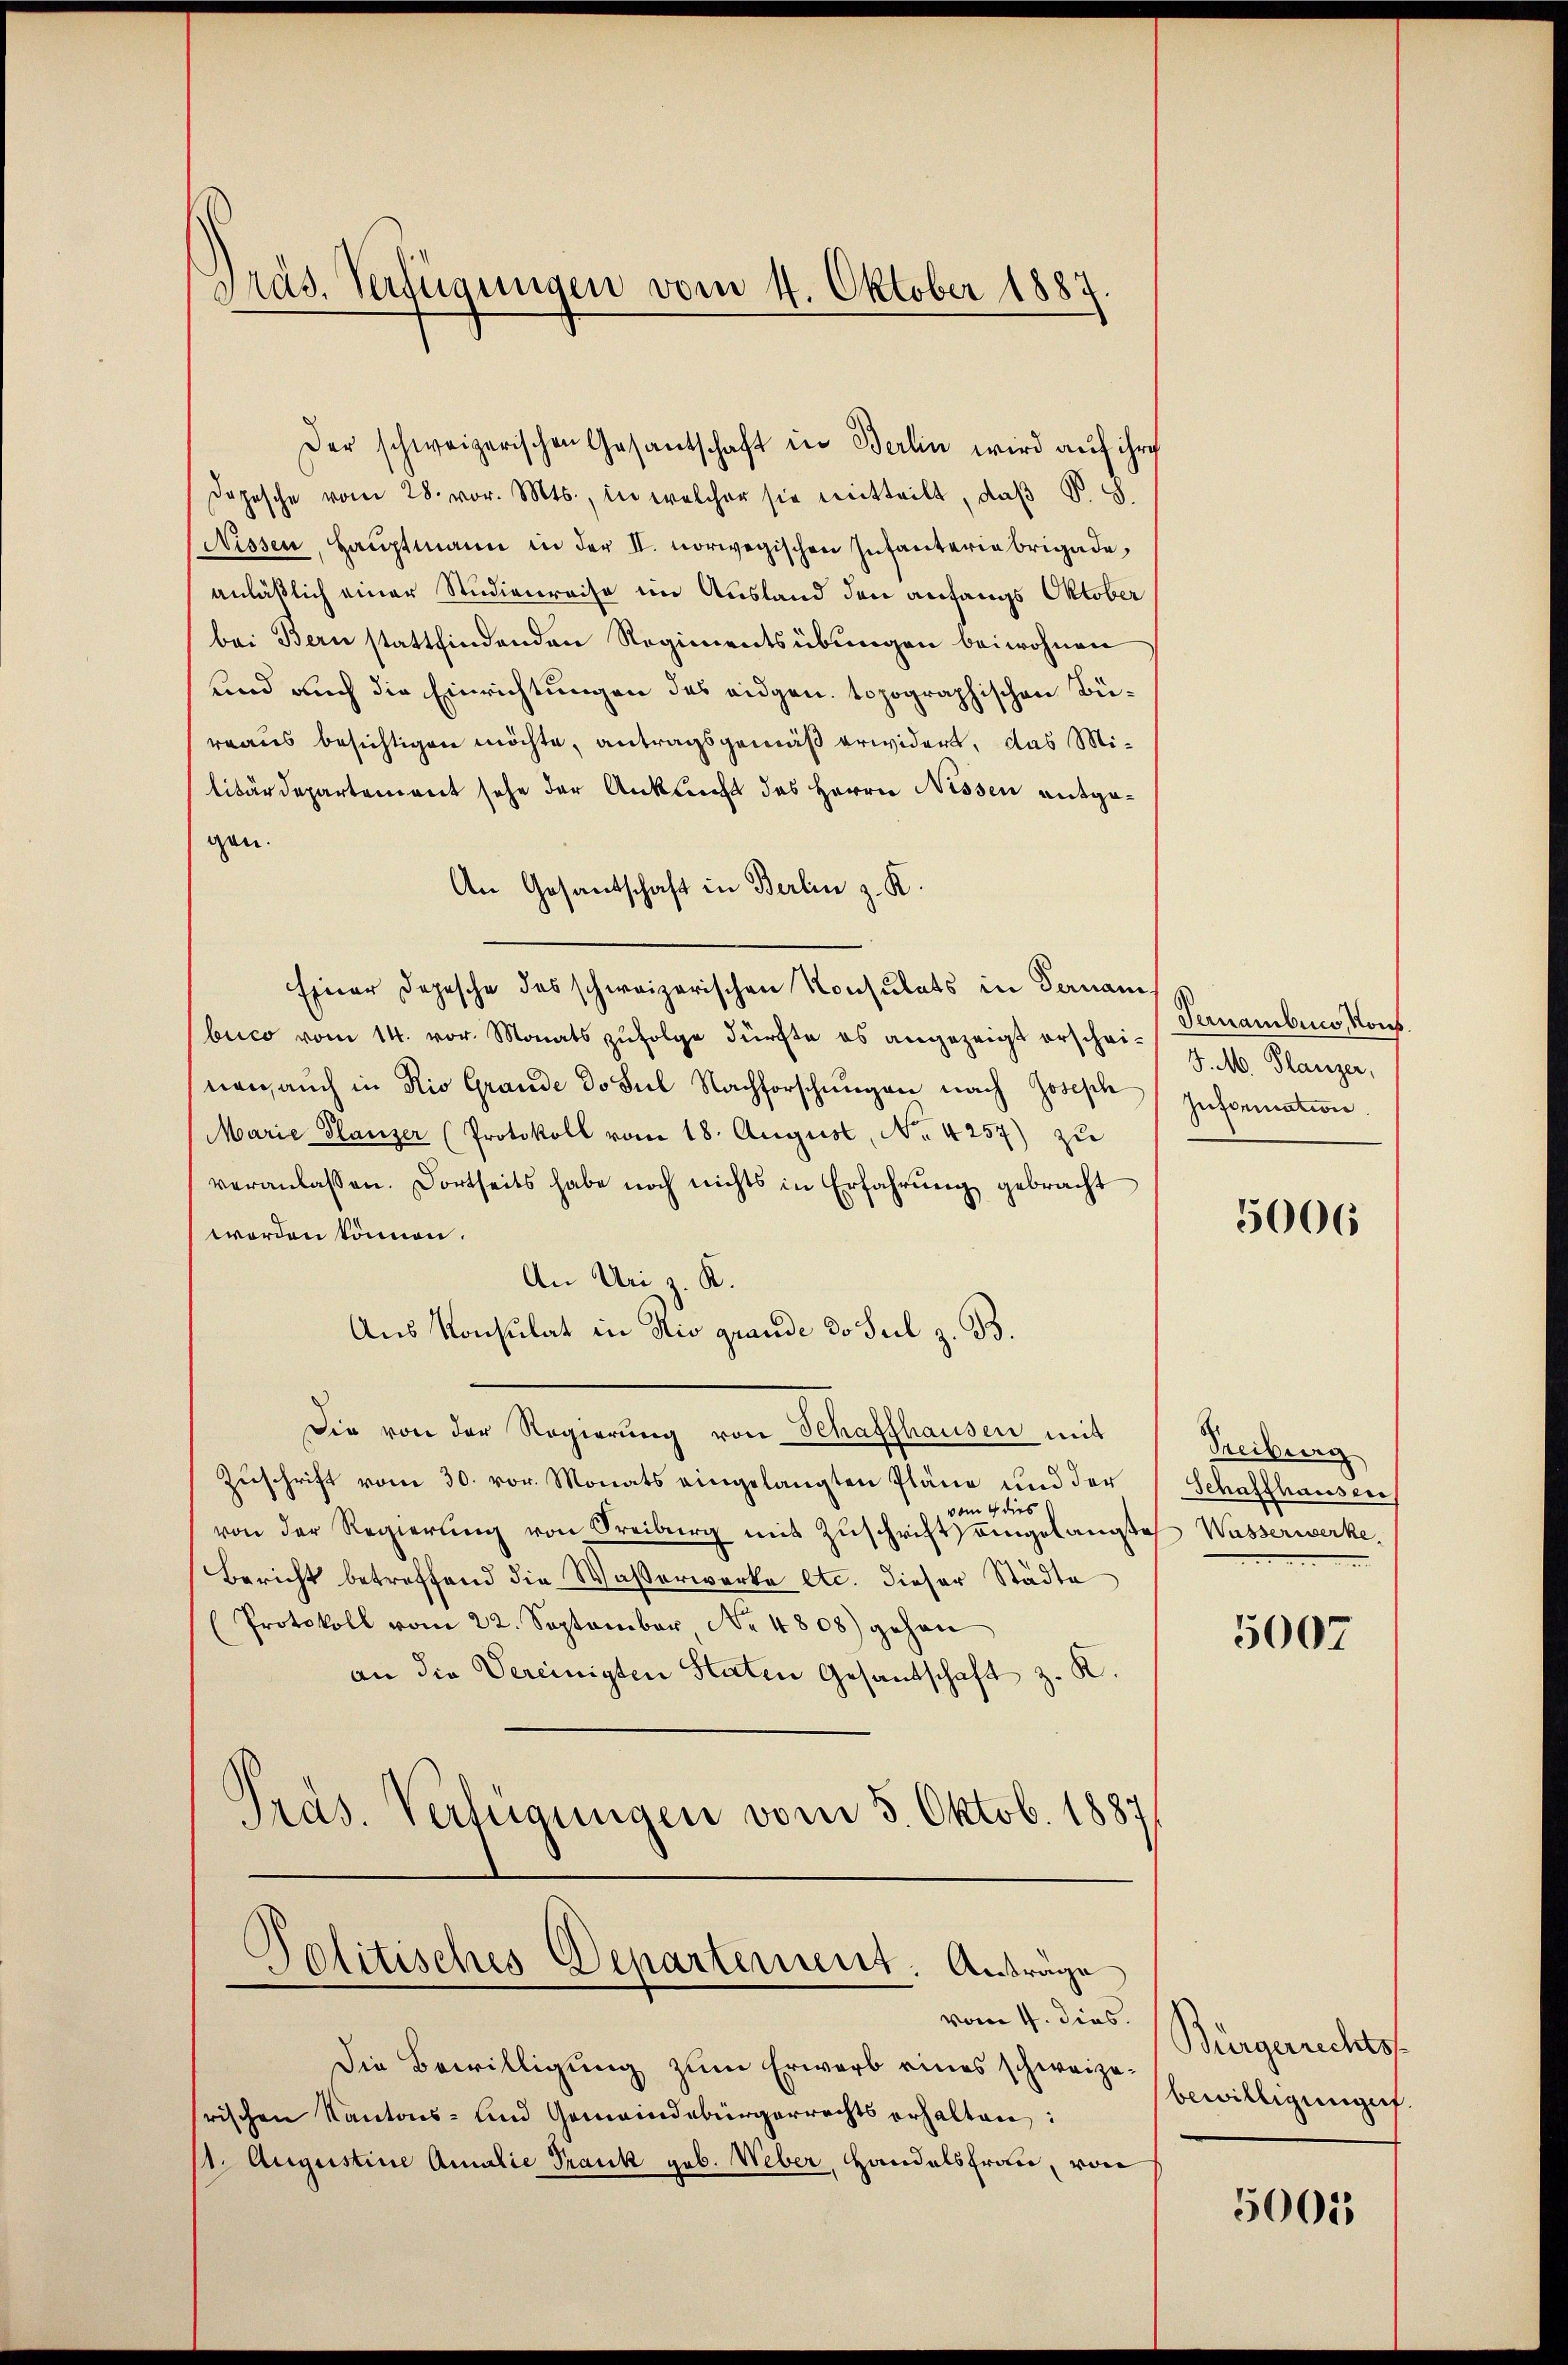
Der schweizerischen Gesantschaft in Berlin wird auf ihre
Depesche vom 28. vor. Mts., in welcher sie mitteilt, daß P. G.
Nissen, Hauptmann in der II. norwegischen Infantaria Brigade,
anläßlich einer Studienreise im Ausland den anfangs Oktober
bei Bern stattfindenden Regienentsübungen beiwohnen
und auch die Einrichtungen des eidgen. topographischen Büreaus besichtigen möchte, antragsgemäß erwidert, das Militärdepartement sehe der Ankunft des Herrn Nissen entgegen.
An Gesantschaft in Berlin z. K.
Einer Depesche des schweizerischen Konsulats in Vernam
buco vom 14. vor. Monats zufolge dürfte es angezeigt erscheinen auch in Rio Grande do sul Nachforschungen nach Joseph Information
Marie Planzer (Protokoll vom 18. August, No. 4257) zu
veranlassen. Dortseits habe noch nichts in Erfahrŭng gebracht
worden können.
An Uri z. K.
Aus Konsulat in Rio grande d. Seil z. B.
Die von der Regierŭng von Schaffhausen mit
Zuschrift vom 30. vor. Monats eingelangten Pläne und der
vom 4 dies
von der Regierung von Freiburg mit Zŭschrift eingelangtes Wasserwerke,
Bericht betreffend die Wasserwerke etc. dieser Städte
(Protokoll vom 22. September Nr. 4808) gehen
an die Vereinigten Staten Gesantschaft z. R.
Pras. Verfügungen vom 5. Oktob. 1887
Politisches Departenant. Anträge

Präs. Verfügungen vom 4. Oktober 1887.

Die Bewilligung zum Erwarb eines schweizerischen Kantons- und Gemeindebürgerrechts erhalten:
/1. Augustine Amalie Trank geb. Weber, Handelsfrau, von

vom 4. dies.

Ternambico, Kons
J. M. Planzer,

5006

Treiburg
Schaffhauser

5007

Bürgerrechtss.
bewilligungen.

5001